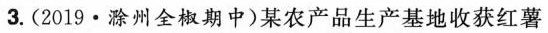
3.(2019·滁州全椒期中)某农产品生产基地收获红薯